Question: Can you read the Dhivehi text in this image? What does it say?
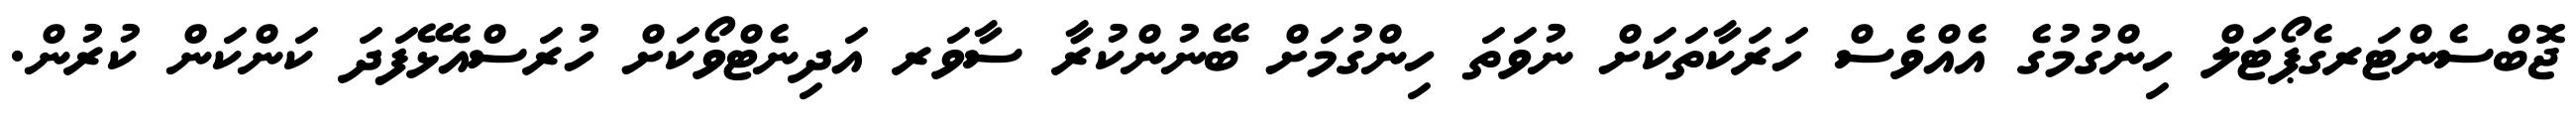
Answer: ޖޮބްސެންޓަރގެޕޯޓަލް ހިންގުމުގެ އެއްވެސް ހަރަކާތަކަށް ނުވަތަ ހިންގުމަށް ބޭނުންކުރާ ސާވަރ އަދިނެޓްވޯކަށް ހުރަސްއެޅޭފަދަ ކަންކަން ކުރުން.